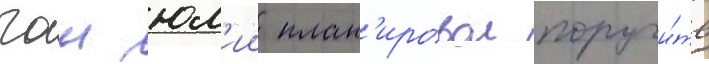
гаи юл'ии план'ировал поручи́ть